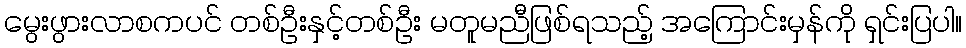
မွေးဖွားလာစကပင် တစ်ဦးနှင့်တစ်ဦး မတူမညီဖြစ်ရသည့် အကြောင်းမှန်ကို ရှင်းပြပါ။